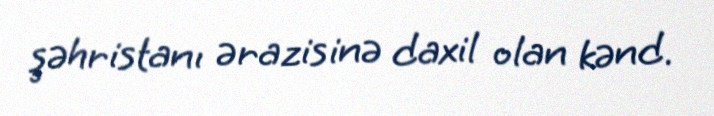
şəhristanı ərazisinə daxil olan kənd.